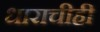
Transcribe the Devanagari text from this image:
धाराचीही